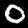
Digit: 0